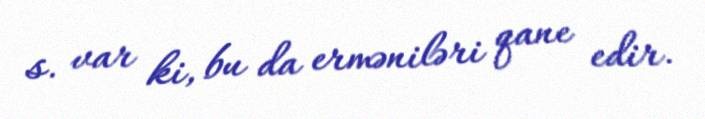
s. var ki, bu da erməniləri qane edir.